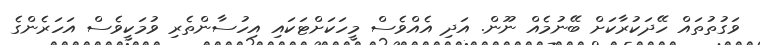
ވަގުތުތައް ހޭދަކުރާކަށް ބޭނުމެއް ނޫން. އަދި އެއްވެސް މީހަކަށްޓަކައި އިހުސާންތެރި ވުމަކީވެސް އަހަރެންގެ